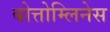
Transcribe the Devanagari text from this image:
बोत्तोम्लिनेस